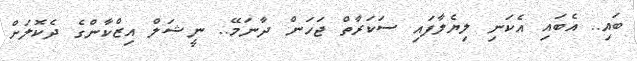
ބައި.. އެބައި އެކަނި ލިޔެލާފައި ސަކަރާތް ޖަހަން ދާނަމޭ.. ނީޝަލް އިޒްކާންގެ ދެކޮލަށް